Civil Veterinary Department Bihar reports 1940-50 - 1940-1950
Year: 1940
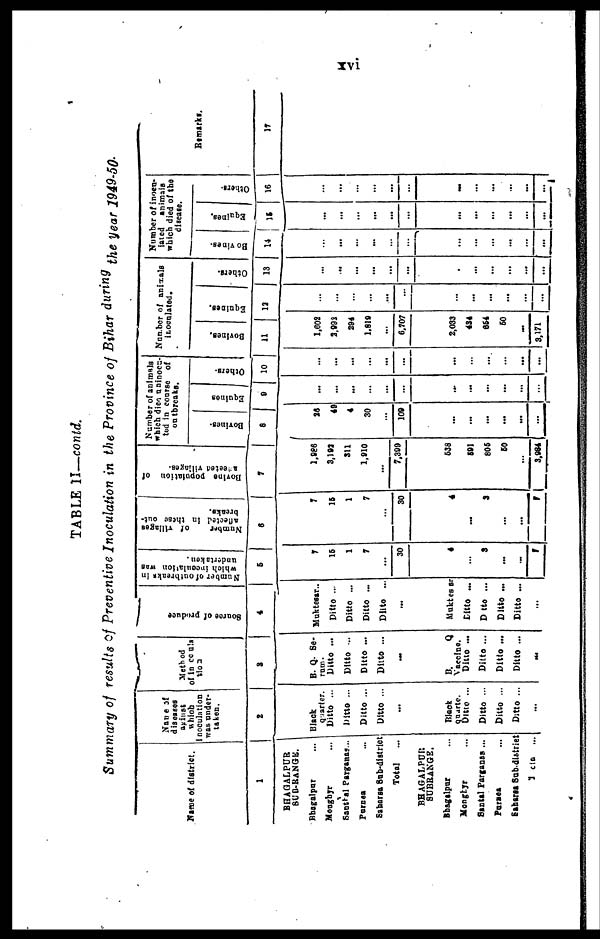
xvi
TABLE II—contd.
Summary of results of Preventive Inoculation in the Province of Bihar during the year 1949-50.
Name of district.
1
BHAGALPUR
SUB-RANGE.
Bhagalpur ..
Monghyr ...
Santhal Parganas ...
Purnes ...
Saharsa Sub-district
Total ...
BHAGALPUR
SUBRANGE.
Bhagalpur ...
Monghyr ...
Santal Parganas ...
Purnea ...
Sahares sub-district
Total ...
Name of
diseases
against
which
inoculation
was under-
taken.
2
Black
quarter.
Ditto ...
Ditto ...
Ditto ...
Ditto ...
...
Black
quarte.
Ditto ...
Ditto ...
Ditto ...
Ditto ...
...
Method
of inocula-
tion
3
B. Q. Se-
rum-
Ditto ...
Ditto ...
Ditto ...
Ditto ...
...
B.
Q
Vaccine.
Ditto ...
Ditto ...
Ditto ...
Ditto ...
...
Source
of produce
4
Muktesar..
Ditto ...
Ditto ...
Ditto ...
Ditto ..
...
Muktesar
Citto ...
Ditto ...
Ditto ...
Ditto ...
...
Number of outbreaks in
which inoculation was
undertaken.
5
7
16
1
7
...
30
4
...
3
...
...
7
Number of villages
affected
in these out-
breaks.
6
7
15
1
7
...
30
4
...
3
...
...
7
Bovine population of
affected villages.
7
2,866
3,192
311
1.910
...
7,399
638
591
806
60
...
3,984
Number of animals
which died uninocu-
ted in course of
outbreaks.
Bovines-
8
26
49
4
30
...
109
...
...
...
...
...
...
Equines
9
...
...
...
...
...
...
...
...
...
...
...
...
Others.
10
...
...
...
...
...
...
...
...
...
...
...
...
Number of animals
inoculated.
Bovines.
11
1,602
2,993
294
1,819
...
6,707
2,033
434
664
60
...
3,171
Equines.
12
...
...
...
...
...
...
...
...
...
...
...
...
Others.
13
...
...
...
...
...
...
...
...
...
...
...
Number of inocu-
lated animals
which died of the
disease.
Bovines.
14
...
...
...
...
...
...
...
...
...
...
...
......
Equines.
15
...
...
...
...
...
...
...
...
..
...
...
...
Others.
16
...
...
...
...
...
...
...
...
...
...
...
...
Remarks.
17